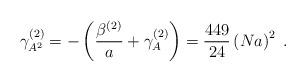
LaTeX: \begin{align*}\gamma _{A^{2}}^{(2)}=-\left( \frac{\beta ^{(2)}}{a}+\gamma_{A}^{(2)}\right) =\frac{449}{24}\left( Na\right) ^{2}\;. \end{align*}